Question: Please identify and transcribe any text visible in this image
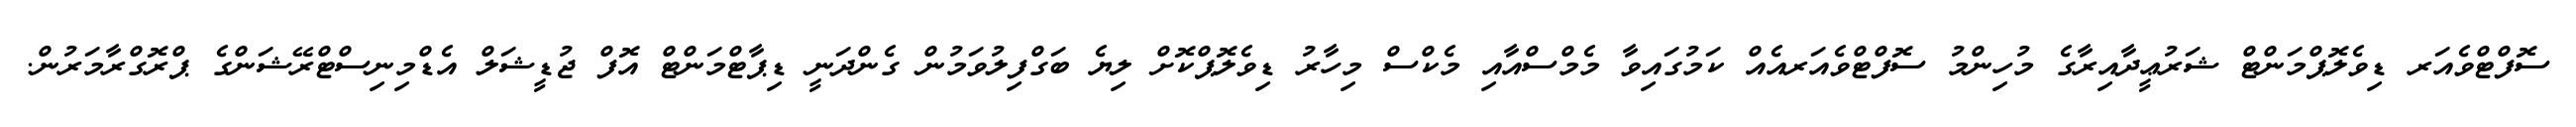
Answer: ސޮފްޓްވެއަރ ޑިވެލޮޕްމަންޓް ޝަރުޢީދާއިރާގެ މުހިންމު ސޮފްޓްވެއަރއެއް ކަމުގައިވާ މެމްސްއާއި މެކްސް މިހާރު ޑިވެލޮޕްކޮށް ލިޔެ ބަގްފިލުވަމުން ގެންދަނީ ޑިޕާޓްމަންޓް އޮފް ޖުޑީޝަލް އެޑްމިނިސްޓްރޭޝަންގެ ޕްރޮގްރާމަރުން.